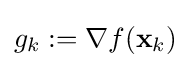
g_{k}:=\nabla f(\mathbf {x} _{k})